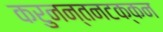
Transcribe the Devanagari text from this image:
करुनन्तनटक्कन